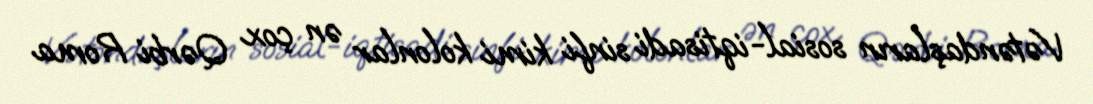
Vətəndaşların sosial-iqtisadi sinfi kimi kolonlar ən çox Qərbi Roma